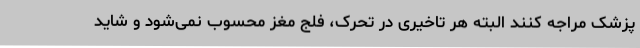
پزشک مراجه کنند البته هر تاخیری در تحرک، فلج مغز محسوب نمی‌شود و شاید